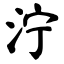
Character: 泞